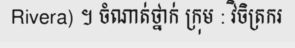
Rivera) ។ ចំណាត់ថ្នាក់ ក្រុម : វិចិត្រករ